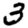
Digit: 3